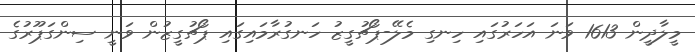
މީލާދީން 1613 ވަނަ އަހަރުގައި ހިނގި މެލޭ-ޕޯޗުގީޒު ހަނގުރާމައިގައި ޕޯޗުގީޒުން ވަނީ ސިންގަޕޫރުގެ